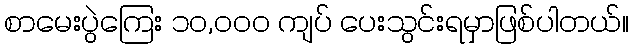
စာမေးပွဲကြေး ၁၀,၀၀၀ ကျပ် ပေးသွင်းရမှာဖြစ်ပါတယ်။